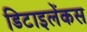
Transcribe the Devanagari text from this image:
डिटाइलेंकस